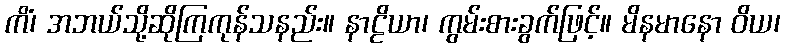
ကိံ၊ အဘယ်သို့ဆိုကြကုန်သနည်း။ နာဠိယာ၊ ကွမ်းစားခွက်ဖြင့်။ မိနမာနော ဝိယ၊